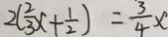
2 ( \frac { 2 } { 3 } x + \frac { 1 } { 2 } ) = \frac { 3 } { 4 } x